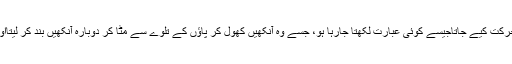
کبھی وہ آنکھیں موندے لیٹا ہوتا اور اس کا پاؤں ہوا میں یوں حرکت کیے جاتاجیسے کوئی عبارت لکھتا جارہا ہو، جسے وہ آنکھیں کھول کر پاؤں کے تلوے سے مٹا کر دوبارہ آنکھیں بند کر لیتااور پاؤں کی حرکت کسی نئے انداز میں دوبارہ شروع ہو جاتی۔